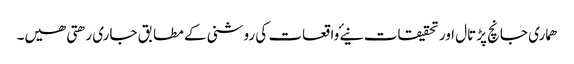
ھماری جانچ پڑتال اور تحقیقات نیۓ واقعات کی روشنی کے مطابق جاری رھتی ھیں۔